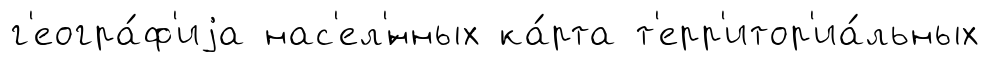
г'еогра́ф'иjа нас'ел'́нных ка́рта т'ерр'итор'иа́льных